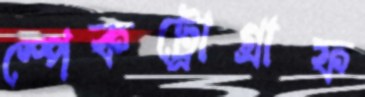
স্পেকট্রোগ্রাফ